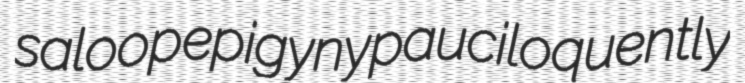
saloop epigyny pauciloquently